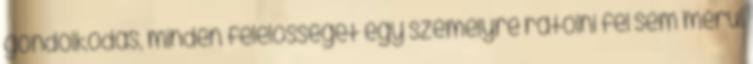
gondolkodás, minden felelősséget egy személyre rátolni fel sem merül